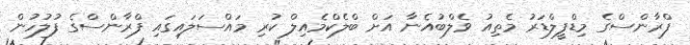
ފްރާންސްގެ މިޑްފީލްޑަރު މެތިއު ވެލްބުއެނާ އަށް ބްލެކްމެއިލް ކުރި މައްސަލައިގައި ފްރާންސްގެ ފުލުހުން